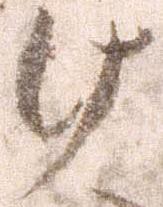
け